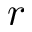
r